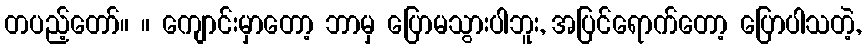
တပည့်တော်။ ။ ကျောင်းမှာတော့ ဘာမှ ပြောမသွားပါဘူး, အပြင်ရောက်တော့ ပြောပါသတဲ့,